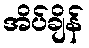
အိပ်ချိန်